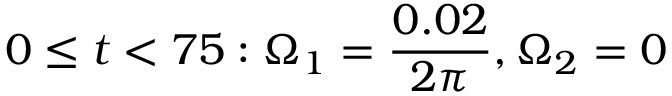
0 \leq t < 7 5 : \Omega _ { 1 } = \frac { 0 . 0 2 } { 2 \pi } , \Omega _ { 2 } = 0